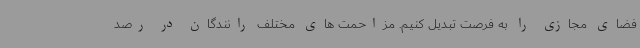
فضای مجازی را به فرصت تبدیل کنیم. مزاحمت های مختلف رانندگان در رصد